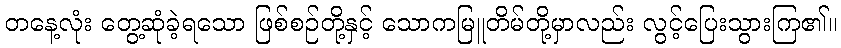
တနေ့လုံး တွေ့ဆုံခဲ့ရသော ဖြစ်စဉ်တို့နှင့် သောကမြူတိမ်တို့မှာလည်း လွင့်ပြေးသွားကြ၏။